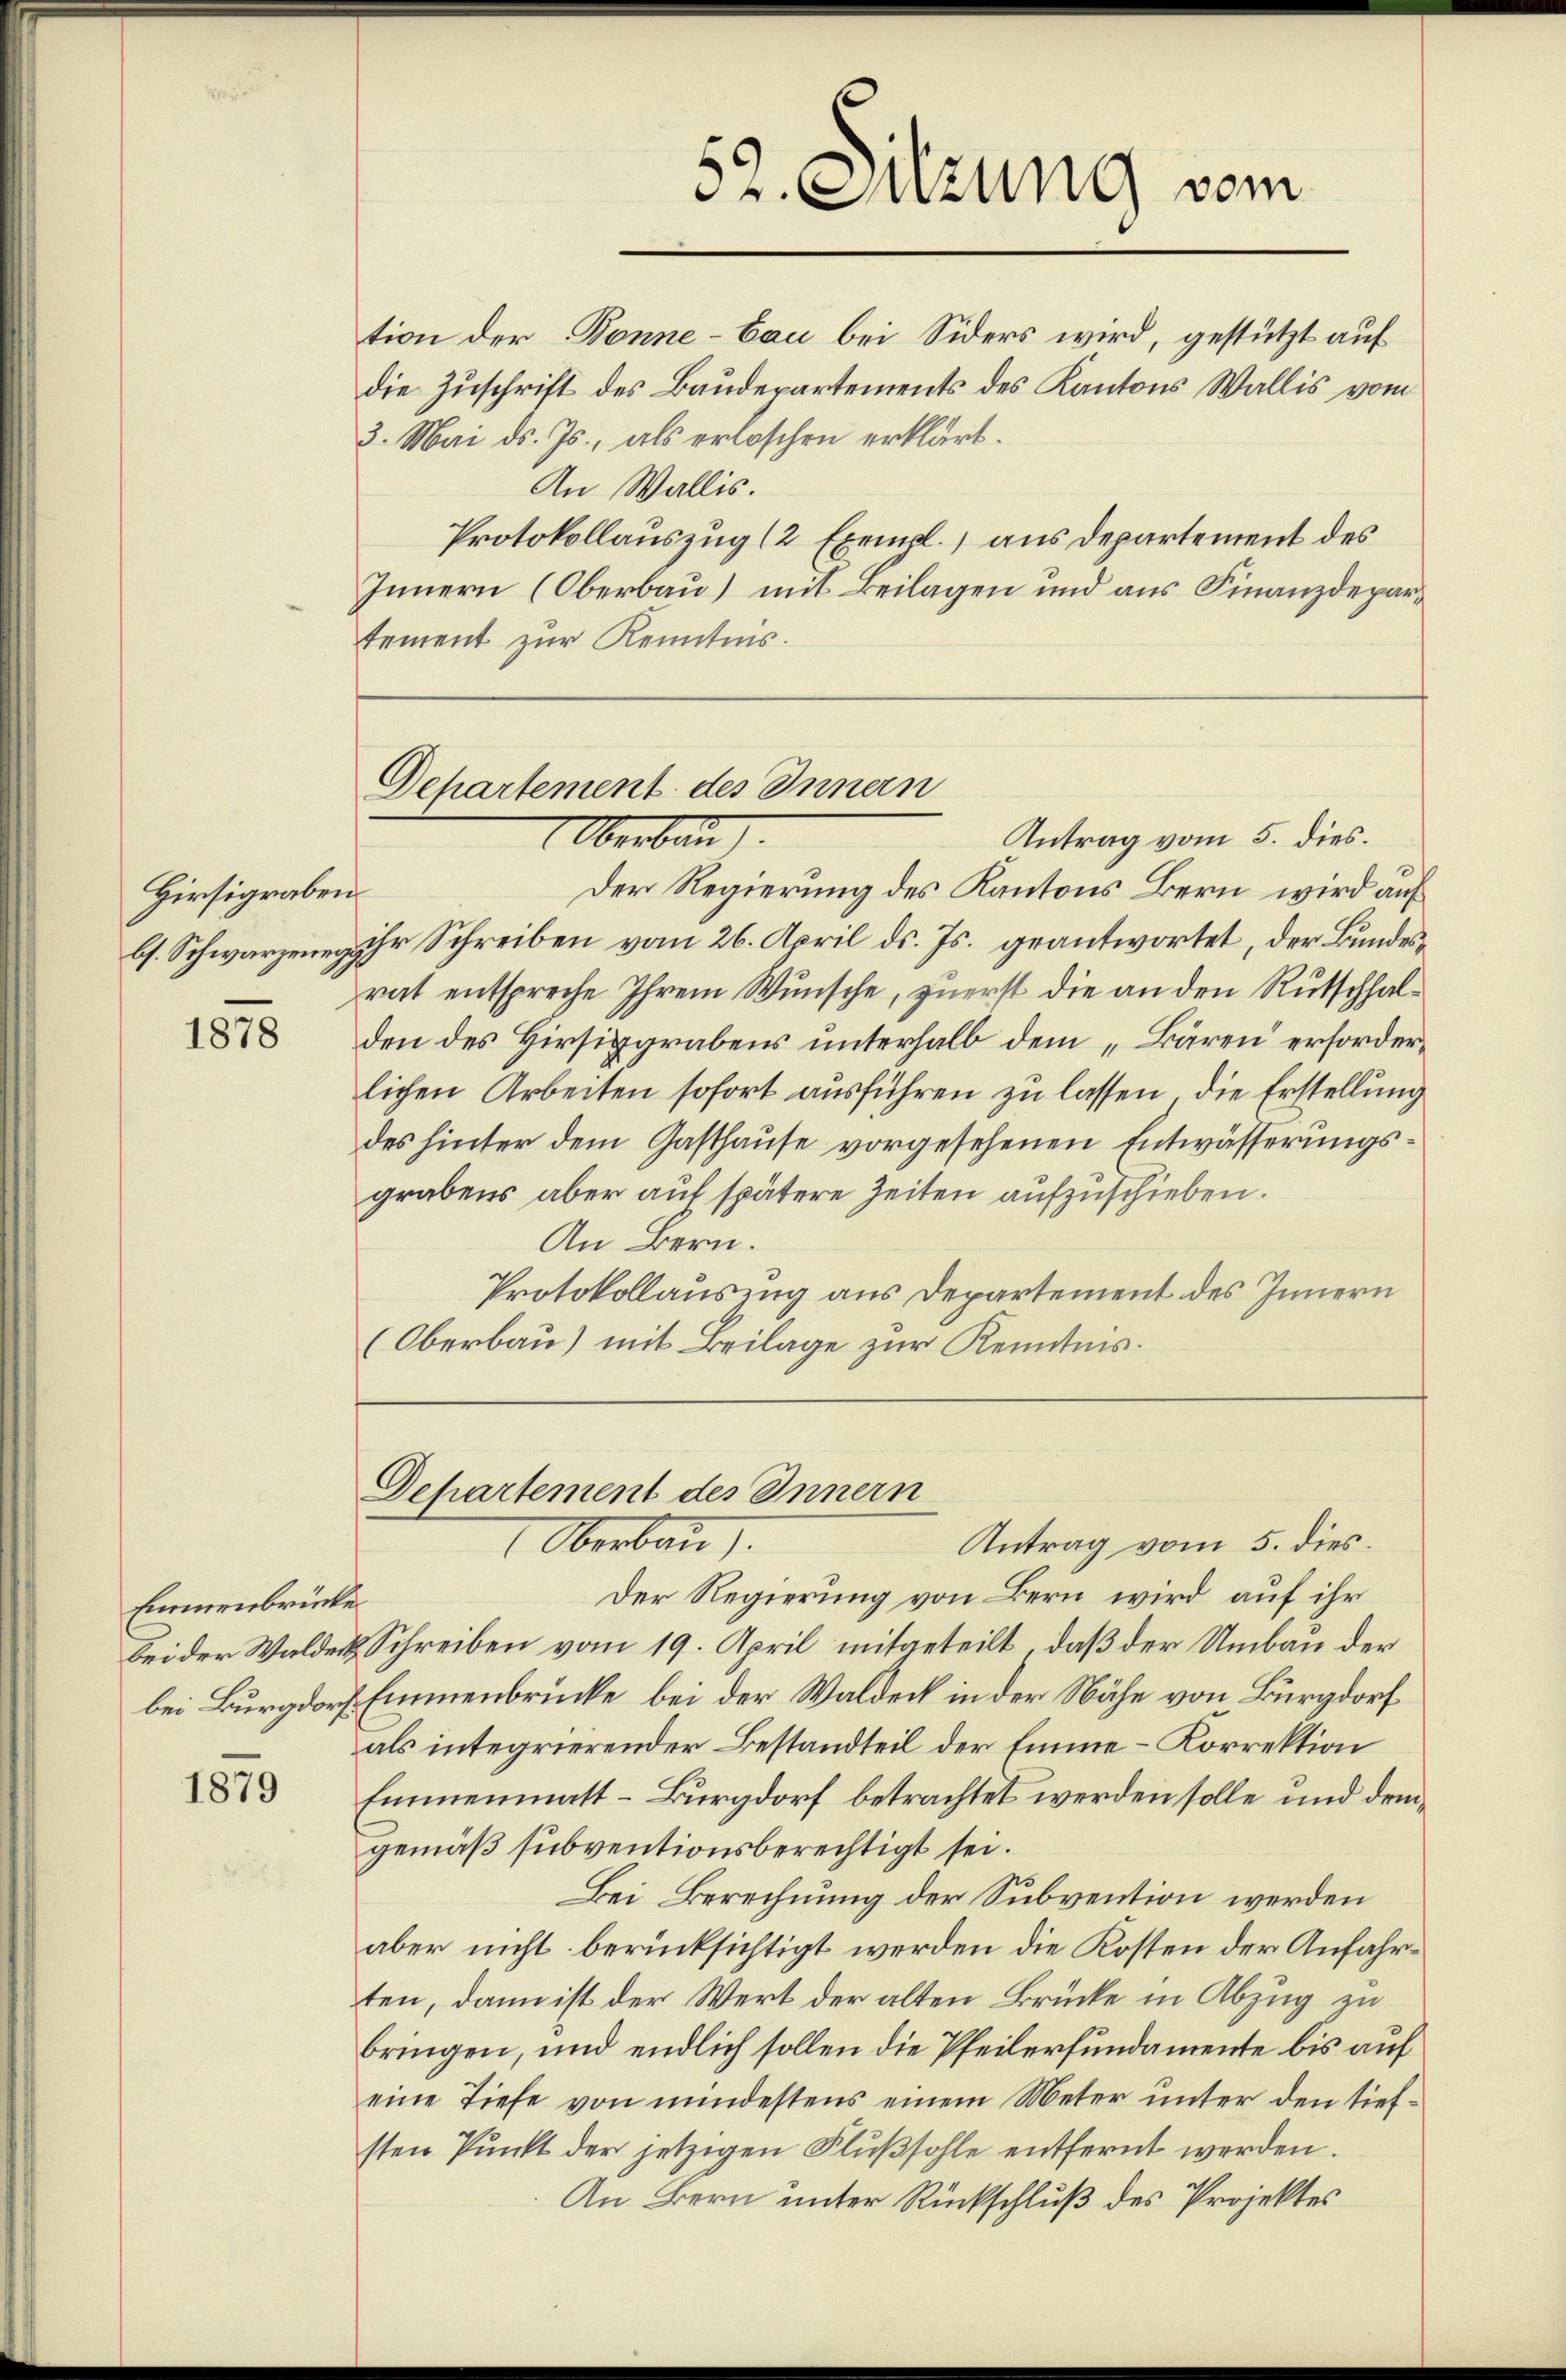
Hirsigraben

1878

Emmenbrücke

1879

Departement des Innern
Oberbau

tion der Bonne-Cau bei Siders wird, gestützt auf
die Zuschrift des Baudepartements des Kantons Wallis vom
3. Mai d. Js., als erloschen erklärt.
An Wallis.
Protokollauszug (2 Exempl. aus Departement des
Innern (Oberbau) mit Beilagen und aus Finanzdepartement zur Kenntnis.

Antrag vom 5. dies.
Der Regierung des Kantons Bern wird auf
b. Schwarzeneg ihr Schreiben vom 26. April ds. Js. geantwortet, der Bundesrat entspreche Ihrem Wunsche, zuerst die an den Rutschhalden des Hirsiggrabens unterhalb dem „Bären erforderlichen Arbeiten sofort ausführen zu lassen, die Erstellung
des hinter dem Gasthause vorgesehenen Entwässerungsgrabens aber auf spätere Zeiten aufzuschieben.
An Bern.
Protokollausung aus Departement des Innern
(Oberbau) mit Beilage zur Kenntnis.

Departement des Innern
Oberbau).

Antrag vom 5. dies
Der Regierung von Bern wird auf ihr
bei der Walder Schreiben vom 19. April mitgeteilt, daß der Umbau der
bei Burgdorf Emmenbrücke bei der Waldeck in der Nähe von Burgdorf
als integrierender Bestandteil der Emme-Korrektion
Emmenmatt-Burgdorf betrachtet werden solle und demgemäß subventionsberechtigt sei.
Bei Berechnung der Subvention werden
aber nicht berücksichtigt werden die Kosten der Anfahrten, dann ist der Wert der alten Brücke in Abzug zu
bringen, und endlich sollen die Pfeilerfundamente bis auf
eine Tiefe von mindestens einem Meter unter den tiefsten Punkt der jetzigen Flußsohle entfernt werden.
An Bern unter Rückschluß des Projektes

52. Sitzung vom